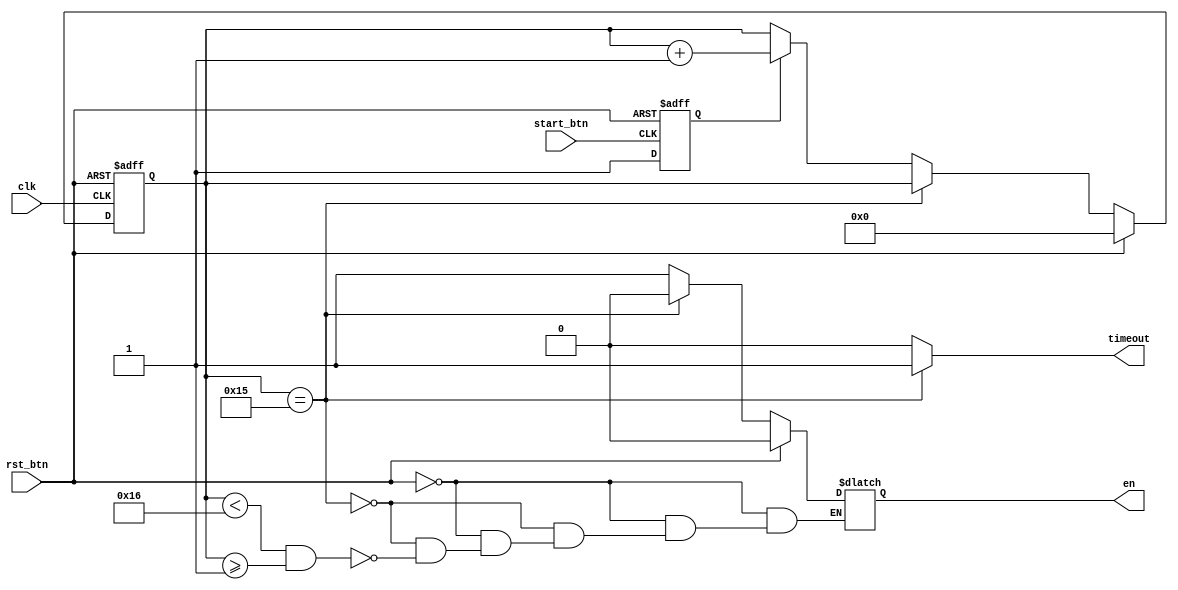
`timescale 1ns / 1ps
module timer(en, timeout, clk, rst_btn, start_btn);
    output reg en;
    output timeout;
    input clk, rst_btn, start_btn;
    
    reg counter_start;
    reg [4:0] counter, counter_next;
    always @(posedge clk or posedge rst_btn) begin
        if (rst_btn) counter <= 5'd0;
        else counter <= counter_next;
    end
    
    //set the start system for timer
    always @(posedge start_btn or posedge rst_btn) begin
        if (rst_btn) begin
            counter_start = 1'b0;
        end
        else begin
            if (start_btn) begin
                counter_start = 1'b1;
            end
            else begin
                counter_start = 1'b0;
            end
        end
    end
    always @(*) begin
        if (rst_btn) begin
            counter_next = 5'd0;
        end
        else if (counter == 5'd21) begin
            counter_next = counter;
        end
        else if (counter_start)begin
            counter_next = counter + 5'd1;
        end
        else begin
            counter_next = counter;
        end
    end
    
    //set en value
    always@(*) begin
        if (rst_btn) begin
            en = 0;
        end
        else if (counter == 5'd21) begin
            en = 0;
        end
        else if (counter <5'd22 && counter>=5'd1) begin
            en = 1;
        end
        else begin
            en = en;
        end
    end
    assign timeout = (counter==5'd21)? 1'b1:1'b0;
endmodule